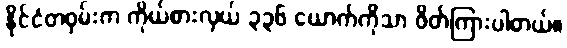
နိုင်ငံတဝှမ်းက ကိုယ်စားလှယ် ၃၃၆ ယောက်ကိုသာ ဖိတ်ကြားပါတယ်။